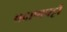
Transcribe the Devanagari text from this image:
बदाणपट्टी